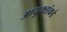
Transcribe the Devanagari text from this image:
आयुक्‍तांकडे